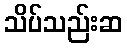
သိပ်သည်းဆ